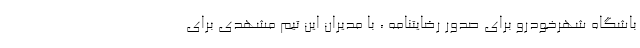
باشگاه شهرخودرو برای صدور رضایتنامه ، با مدیران این تیم مشهدی برای